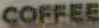
COFFEE